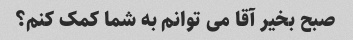
صبح بخیر آقا می توانم به شما کمک کنم؟